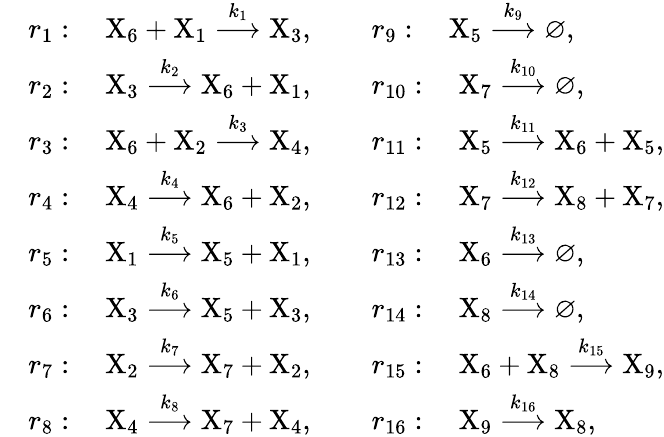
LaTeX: \begin{array}{rl}&{r_{1}:\quad\mathrm{X}_{6}+\mathrm{X}_{1}\stackrel{k_{1}}{\longrightarrow}\mathrm{X}_{3},\quad\quad r_{9}:\quad\mathrm{X}_{5}\stackrel{k_{9}}{\longrightarrow}\varnothing,}\\ &{r_{2}:\quad\mathrm{X}_{3}\stackrel{k_{2}}{\longrightarrow}\mathrm{X}_{6}+\mathrm{X}_{1},\quad\quad r_{10}:\quad\mathrm{X}_{7}\stackrel{k_{10}}{\longrightarrow}\varnothing,}\\ &{r_{3}:\quad\mathrm{X}_{6}+\mathrm{X}_{2}\stackrel{k_{3}}{\longrightarrow}\mathrm{X}_{4},\quad\quad r_{11}:\quad\mathrm{X}_{5}\stackrel{k_{11}}{\longrightarrow}\mathrm{X}_{6}+\mathrm{X}_{5},}\\ &{r_{4}:\quad\mathrm{X}_{4}\stackrel{k_{4}}{\longrightarrow}\mathrm{X}_{6}+\mathrm{X}_{2},\quad\quad r_{12}:\quad\mathrm{X}_{7}\stackrel{k_{12}}{\longrightarrow}\mathrm{X}_{8}+\mathrm{X}_{7},}\\ &{r_{5}:\quad\mathrm{X}_{1}\stackrel{k_{5}}{\longrightarrow}\mathrm{X}_{5}+\mathrm{X}_{1},\quad\quad r_{13}:\quad\mathrm{X}_{6}\stackrel{k_{13}}{\longrightarrow}\varnothing,}\\ &{r_{6}:\quad\mathrm{X}_{3}\stackrel{k_{6}}{\longrightarrow}\mathrm{X}_{5}+\mathrm{X}_{3},\quad\quad r_{14}:\quad\mathrm{X}_{8}\stackrel{k_{14}}{\longrightarrow}\varnothing,}\\ &{r_{7}:\quad\mathrm{X}_{2}\stackrel{k_{7}}{\longrightarrow}\mathrm{X}_{7}+\mathrm{X}_{2},\quad\quad r_{15}:\quad\mathrm{X}_{6}+\mathrm{X}_{8}\stackrel{k_{15}}{\longrightarrow}\mathrm{X}_{9},}\\ &{r_{8}:\quad\mathrm{X}_{4}\stackrel{k_{8}}{\longrightarrow}\mathrm{X}_{7}+\mathrm{X}_{4},\quad\quad r_{16}:\quad\mathrm{X}_{9}\stackrel{k_{16}}{\longrightarrow}\mathrm{X}_{8},}\end{array}